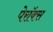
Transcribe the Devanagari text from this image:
पेरॉक्स